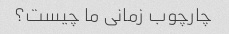
چارچوب زمانی ما چیست؟